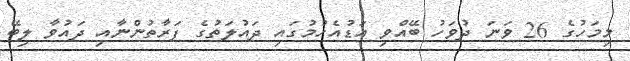
މިމަހުގެ 26 ވަނަ ދުވަހު ބޭއްވި އަޑުއެހުމުގައި ދައުލަތުގެ ފަރާތުންނާއި ދައުވާ ލިބޭ